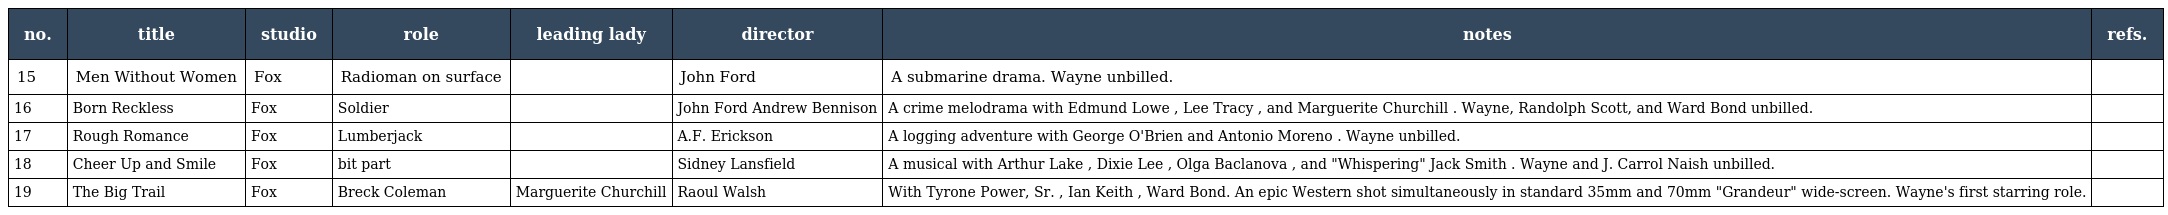
| no. | title | studio | role | leading lady | director | notes | refs. |
 | --- | --- | --- | --- | --- | --- | --- | --- |
 | 15 | Men Without Women | Fox | Radioman on surface |  | John Ford | A submarine drama. Wayne unbilled. |  |
 | 16 | Born Reckless | Fox | Soldier |  | John Ford Andrew Bennison | A crime melodrama with Edmund Lowe , Lee Tracy , and Marguerite Churchill . Wayne, Randolph Scott, and Ward Bond unbilled. |  |
 | 17 | Rough Romance | Fox | Lumberjack |  | A.F. Erickson | A logging adventure with George O'Brien and Antonio Moreno . Wayne unbilled. |  |
 | 18 | Cheer Up and Smile | Fox | bit part |  | Sidney Lansfield | A musical with Arthur Lake , Dixie Lee , Olga Baclanova , and "Whispering" Jack Smith . Wayne and J. Carrol Naish unbilled. |  |
 | 19 | The Big Trail | Fox | Breck Coleman | Marguerite Churchill | Raoul Walsh | With Tyrone Power, Sr. , Ian Keith , Ward Bond. An epic Western shot simultaneously in standard 35mm and 70mm "Grandeur" wide-screen. Wayne's first starring role. |  |